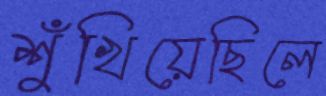
শুঁখিয়েছিলে